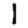
Digit: 1